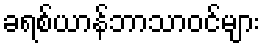
ခရစ်ယာန်ဘာသာဝင်များ